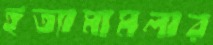
হত্যামামলার